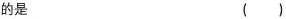
的是 ( )